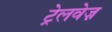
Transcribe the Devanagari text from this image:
ट्रेलवेज़